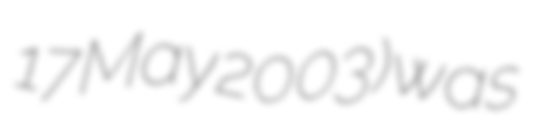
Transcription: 17 May 2003) was